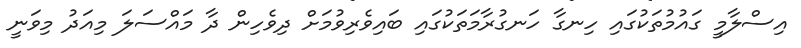
އިސްލާމީ ގައުމުތަކުގައި ހިނގާ ހަނގުރާމަތަކުގައި ބައިވެރިވުމަށް ދިވެހިން ދާ މައްސަލަ މިއަދު މިވަނީ